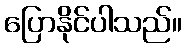
ပြောနိုင်ပါသည်။